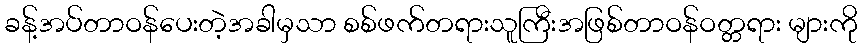
ခန့်အပ်တာဝန်ပေးတဲ့အခါမှသာ စစ်ဖက်တရားသူကြီးအဖြစ်တာဝန်ဝတ္တရား များကို